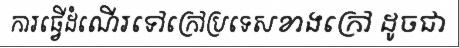
ការធ្វើដំណើរទៅក្រៅប្រទេសខាងក្រៅ ដូចជា